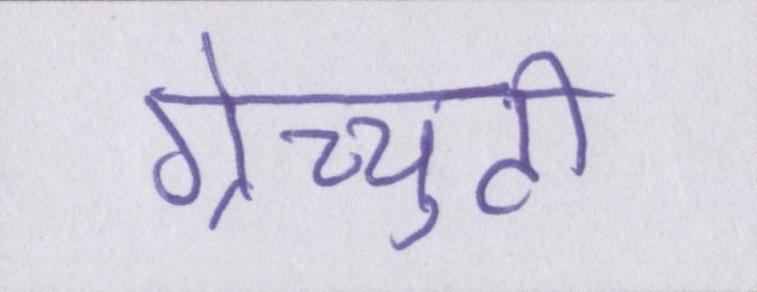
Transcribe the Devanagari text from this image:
ग्रेच्युटी